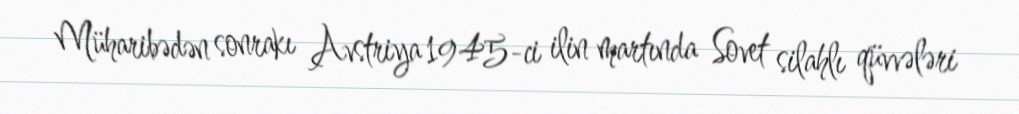
Müharibədən sonrakı Avstriya 1945-ci ilin martında Sovet silahlı qüvvələri